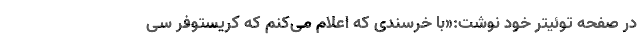
در صفحه توئیتر خود نوشت:«با خرسندی که اعلام می‌کنم که کریستوفر سی